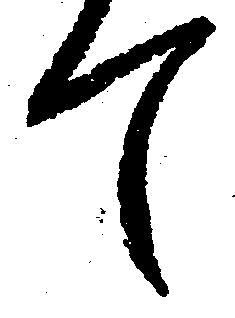
て